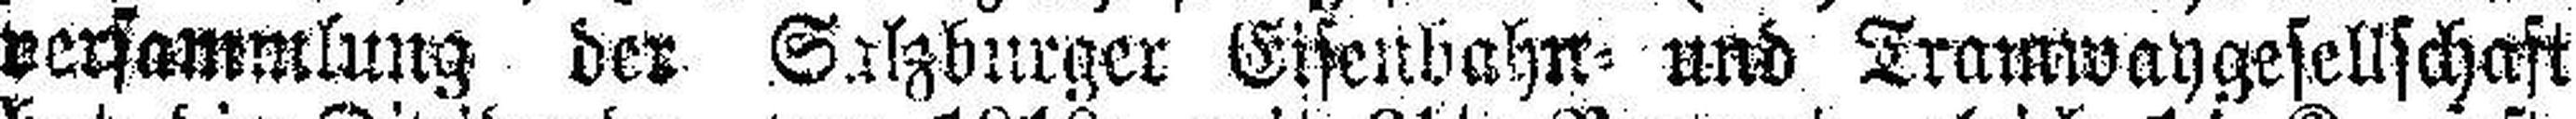
versammtlung der Salzburger Eisenbahn= und Tramwaygesellschaft